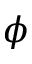
\phi